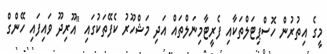
މީގެ އިތުރުން ހޮސްޕިޓަލްތަކާއި ފެރީޓާމިނަލްތައް އަދި މަޝްހޫރު ކެފޭތަކުގައި "އޫރިދޫ ވައިފައި ހޭންގް